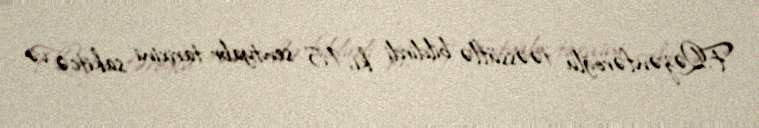
F.Qəzənfəroğlu təəssüflə bildirdi ki, 15 sentyabr tarixini sakitcə və